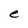
Character: e